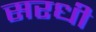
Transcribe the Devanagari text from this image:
सरधी